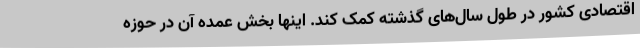
اقتصادی کشور در طول سال‌های گذشته کمک کند. اینها بخش عمده آن در حوزه